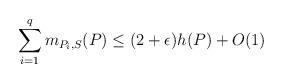
LaTeX: \begin{align*}\sum_{i=1}^qm_{P_i,S}(P)\leq (2+\epsilon)h(P)+O(1)\end{align*}